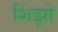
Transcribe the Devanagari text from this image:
शिंझो